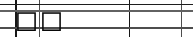
٨٣